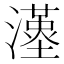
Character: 𤁉